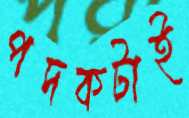
পদকটাই